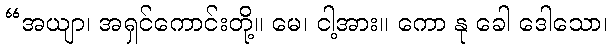
“အယျာ၊ အရှင်ကောင်းတို့။ မေ၊ ငါ့အား။ ကော နု ခေါ ဒေါသော၊